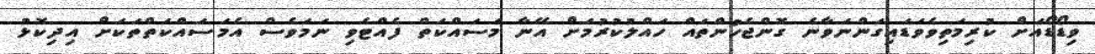
ވިޑޯޑޯއަށް ކުރިމަތިވެވަޑައިގަންނަވާނެ ގޮންޖެހުންތައް ހައްލުކުރުމަށް އޭނާ މަސައްކަތް ފެއްޓެވި ނަމަވެސް އެމަސައްކަތްތަކަށް އިދިކޮޅު